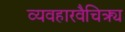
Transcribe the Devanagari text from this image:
व्यवहारवैचित्र्य